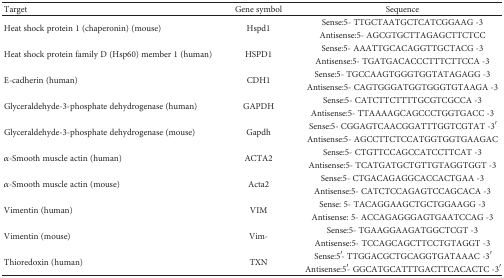
<table><thead><tr><td><b>Target</b></td><td><b>Gene symbol</b></td><td><b>Sequence</b></td></tr></thead><tbody><tr><td rowspan="2">Heat shock protein 1 (chaperonin) (mouse)</td><td rowspan="2">Hspd1</td><td>Sense:5- TTGCTAATGCTCATCGGAAG -3</td></tr><tr><td>Antisense:5- AGCGTGCTTAGAGCTTCTCC</td></tr><tr><td rowspan="2">Heat shock protein family D (Hsp60) member 1 (human)</td><td rowspan="2">HSPD1</td><td>Sense:5- AAATTGCACAGGTTGCTACG -3</td></tr><tr><td>Antisense:5- TGATGACACCCTTTCTTCCA -3</td></tr><tr><td rowspan="2">E-cadherin (human)</td><td rowspan="2">CDH1</td><td>Sense:5- TGCCAAGTGGGTGGTATAGAGG -3</td></tr><tr><td>Antisense:5- CAGTGGGATGGTGGGTGTAAGA -3</td></tr><tr><td rowspan="2">Glyceraldehyde-3-phosphate dehydrogenase (human)</td><td rowspan="2">GAPDH</td><td>Sense:5- CATCTTCTTTTGCGTCGCCA -3</td></tr><tr><td>Antisense:5- TTAAAAGCAGCCCTGGTGACC -3</td></tr><tr><td rowspan="2">Glyceraldehyde-3-phosphate dehydrogenase (mouse)</td><td rowspan="2">Gapdh</td><td>Sense:5- CGGAGTCAACGGATTTGGTCGTAT -3′</td></tr><tr><td>Antisense:5- AGCCTTCTCCATGGTGGTGAAGAC</td></tr><tr><td rowspan="2"><i>α</i>-Smooth muscle actin (human)</td><td rowspan="2">ACTA2</td><td>Sense:5- CTGTTCCAGCCATCCTTCAT -3</td></tr><tr><td>Antisense:5- TCATGATGCTGTTGTAGGTGGT -3</td></tr><tr><td rowspan="2"><i>α</i>-Smooth muscle actin (mouse)</td><td rowspan="2">Acta2</td><td>Sense:5- CTGACAGAGGCACCACTGAA -3</td></tr><tr><td>Antisense:5- CATCTCCAGAGTCCAGCACA -3</td></tr><tr><td rowspan="2">Vimentin (human)</td><td rowspan="2">VIM</td><td>Sense: 5- TACAGGAAGCTGCTGGAAGG -3</td></tr><tr><td>Antisense: 5- ACCAGAGGGAGTGAATCCAG -3</td></tr><tr><td rowspan="2">Vimentin (mouse)</td><td rowspan="2">Vim-</td><td>Sense:5- TGAAGGAAGATGGCTCGT -3</td></tr><tr><td>Antisense:5- TCCAGCAGCTTCCTGTAGGT -3</td></tr><tr><td rowspan="2">Thioredoxin (human)</td><td rowspan="2">TXN</td><td>Sense:5′- TTGGACGCTGCAGGTGATAAAC -3′</td></tr><tr><td>Antisense:5′- GGCATGCATTTGACTTCACACTC -3′</td></tr></tbody></table>